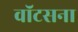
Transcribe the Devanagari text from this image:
वॉटसना